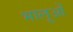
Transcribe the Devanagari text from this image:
भालूओंं